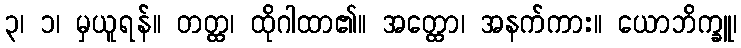
၃၊ ၁၊ မှယူရန်။ တတ္ထ၊ ထိုဂါထာ၏။ အတ္ထော၊ အနက်ကား။ ယောဘိက္ခူ၊